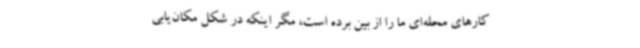
کارهای محله‌ای ما را از بین برده است، مگر اینکه در شکل مکان‌یابی